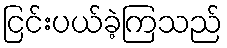
ငြင်းပယ်ခဲ့ကြသည်